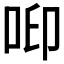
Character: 𠲃